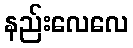
နည်းလေလေ